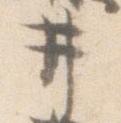
井